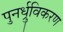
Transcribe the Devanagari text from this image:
पुनर्ध्रुविकरण